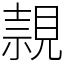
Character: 𧡘